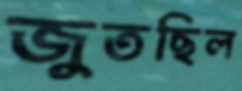
জুতছিল